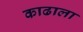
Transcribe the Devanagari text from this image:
काढाला